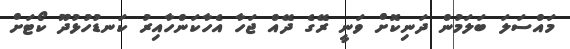
މައްސަލަ ބަލަމުން ދަނިކޮށް ވަނީ ރޭގެ ދޭއް ޖަހާ އެހާކަންހާއިރު ކަނޑުހުޅުދޫ ކޯޓަށް